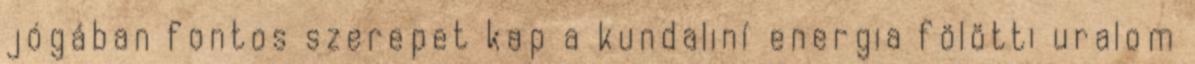
jógában fontos szerepet kap a kundaliní energia fölötti uralom